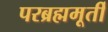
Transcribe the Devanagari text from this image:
परब्रह्ममूर्ती